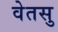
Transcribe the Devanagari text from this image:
वेतसु